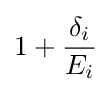
1+{\frac {\delta _{i}}{E_{i}}}